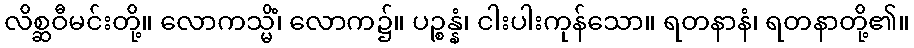
လိစ္ဆဝီမင်းတို့။ လောကသ္မိံ၊ လောက၌။ ပဉ္စန္နံ၊ ငါးပါးကုန်သော။ ရတနာနံ၊ ရတနာတို့၏။